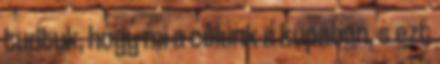
tudtuk, hogy mi a célunk a kupában, s ezt